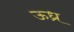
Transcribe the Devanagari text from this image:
ऊध्र